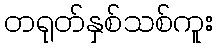
တရုတ်နှစ်သစ်ကူး